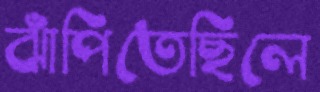
ঝাঁপিতেছিলে